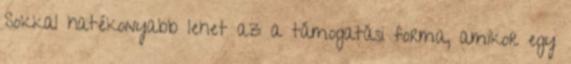
Sokkal hatékonyabb lehet az a támogatási forma, amikor egy